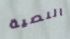
النصية